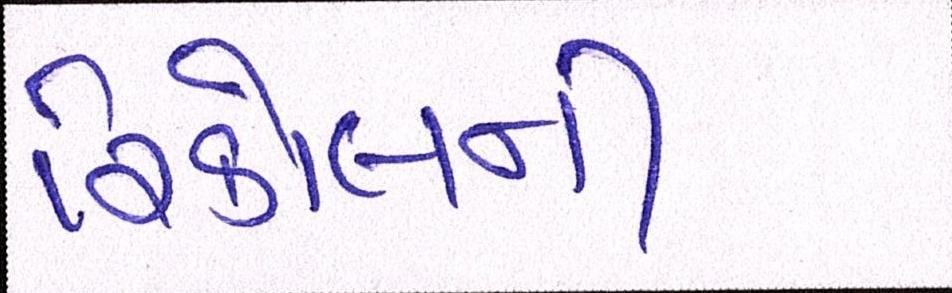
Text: રિકોલની